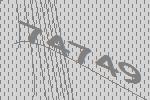
74749